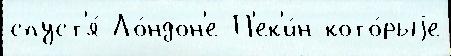
спуст'я́ Ло́ндон'е П'ек'и́н кото́рыjе